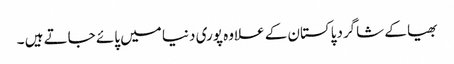
بھیا کے شاگردپاکستان کے علاوہ پوری دنیا میں پائے جاتے ہیں ۔